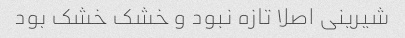
شیرینی اصلا تازه نبود و خشک خشک بود